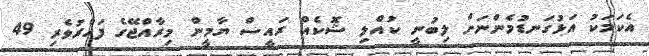
އެކަމަކު އަޅުގަނޑުމެންނަށް ލިބުނީ ކުއްލި ޝޮކެއް ރައީސް ޔާމީން މިރާއްޖޭގެ ފަޚްރުވެރި 49